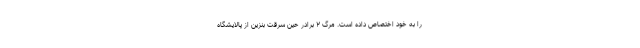
را به خود اختصاص داده است. مرگ ۲ برادر حین سرقت بنزین از پالایشگاه